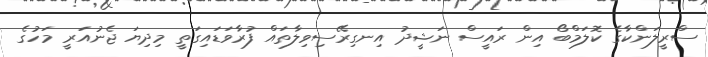
ސްރީލަންކާގެ ކޮލަމްބޯ އިން ރައީސް ނަޝީދު އިނގިރޭސިވިލާތައް ފުރާވަޑައިގަތީ މިދިޔަ ޖެނުއަރީ މަހުގެ